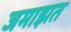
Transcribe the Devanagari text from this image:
जमाझत